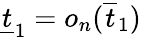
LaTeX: \underline{{t}}_{1}=o_{n}(\overline{{t}}_{1})